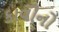
કાવીનો